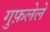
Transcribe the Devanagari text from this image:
गुफ़लेले